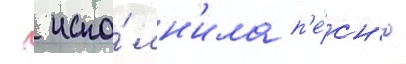
  испо́лн'ила п'е́сн'ю